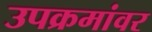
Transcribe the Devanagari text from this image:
उपक्रमांवर